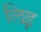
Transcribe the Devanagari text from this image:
लिइ